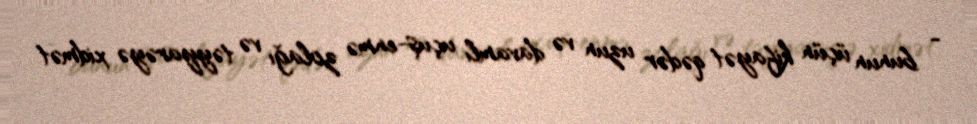
- bunun üçün kifayət qədər uzun və davamlı uçuş-enmə zolağı və təyyarəyə xidmət